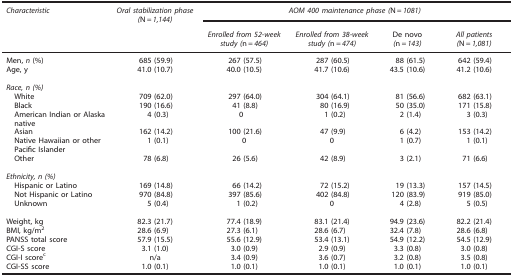
<table><thead><tr><td><b><i>Characteristic</i></b></td><td><b><i>Oral stabilization phase (</i>N<i>=1,144)</i></b></td><td colspan="4"><b><i>AOM 400 maintenance phase (</i>N<i>=1081)</i></b></td></tr><tr><td><b> </b></td><td></td><td><b><i>Enrolled from 52-week study (</i>n<i>=464)</i></b></td><td><b><i>Enrolled from 38-week study (</i>n<i>=474)</i></b></td><td><b><i>De novo (</i>n<i>=143)</i></b></td><td><b><i>All patients (</i>N<i>=1,081)</i></b></td></tr></thead><tbody><tr><td>Men, <i>n</i> (%)</td><td>685 (59.9)</td><td>267 (57.5)</td><td>287 (60.5)</td><td>88 (61.5)</td><td>642 (59.4)</td></tr><tr><td>Age, y</td><td>41.0 (10.7)</td><td>40.0 (10.5)</td><td>41.7 (10.6)</td><td>43.5 (10.6)</td><td>41.2 (10.6)</td></tr><tr><td> </td><td> </td><td> </td><td> </td><td> </td><td> </td></tr><tr><td colspan="6"><i>Race,</i><i>n</i><i>(%)</i></td></tr><tr><td> White</td><td>709 (62.0)</td><td>297 (64.0)</td><td>304 (64.1)</td><td>81 (56.6)</td><td>682 (63.1)</td></tr><tr><td> Black</td><td>190 (16.6)</td><td>41 (8.8)</td><td>80 (16.9)</td><td>50 (35.0)</td><td>171 (15.8)</td></tr><tr><td> American Indian or Alaska native</td><td>4 (0.3)</td><td>0</td><td>1 (0.2)</td><td>2 (1.4)</td><td>3 (0.3)</td></tr><tr><td> Asian</td><td>162 (14.2)</td><td>100 (21.6)</td><td>47 (9.9)</td><td>6 (4.2)</td><td>153 (14.2)</td></tr><tr><td> Native Hawaiian or other Pacific Islander</td><td>1 (0.1)</td><td>0</td><td>0</td><td>1 (0.7)</td><td>1 (0.1)</td></tr><tr><td> Other</td><td>78 (6.8)</td><td>26 (5.6)</td><td>42 (8.9)</td><td>3 (2.1)</td><td>71 (6.6)</td></tr><tr><td> </td><td> </td><td> </td><td> </td><td> </td><td> </td></tr><tr><td colspan="6"><i>Ethnicity,</i><i>n</i><i>(%)</i></td></tr><tr><td> Hispanic or Latino</td><td>169 (14.8)</td><td>66 (14.2)</td><td>72 (15.2)</td><td>19 (13.3)</td><td>157 (14.5)</td></tr><tr><td> Not Hispanic or Latino</td><td>970 (84.8)</td><td>397 (85.6)</td><td>402 (84.8)</td><td>120 (83.9)</td><td>919 (85.0)</td></tr><tr><td> Unknown</td><td>5 (0.4)</td><td>1 (0.2)</td><td>0</td><td>4 (2.8)</td><td>5 (0.5)</td></tr><tr><td></td><td> </td><td> </td><td> </td><td> </td><td> </td></tr><tr><td>Weight, kg</td><td>82.3 (21.7)</td><td>77.4 (18.9)</td><td>83.1 (21.4)</td><td>94.9 (23.6)</td><td>82.2 (21.4)</td></tr><tr><td>BMI, kg/m<sup>2</sup></td><td>28.6 (6.9)</td><td>27.3 (6.1)</td><td>28.6 (6.7)</td><td>32.4 (7.8)</td><td>28.6 (6.8)</td></tr><tr><td>PANSS total score</td><td>57.9 (15.5)</td><td>55.6 (12.9)</td><td>53.4 (13.1)</td><td>54.9 (12.2)</td><td>54.5 (12.9)</td></tr><tr><td>CGI-S score</td><td>3.1 (1.0)</td><td>3.0 (0.9)</td><td>2.9 (0.9)</td><td>3.3 (0.8)</td><td>3.0 (0.8)</td></tr><tr><td>CGI-I scorec</td><td>n/a</td><td>3.4 (0.9)</td><td>3.6 (0.7)</td><td>3.2 (0.8)</td><td>3.5 (0.8)</td></tr><tr><td>CGI-SS score</td><td>1.0 (0.1)</td><td>1.0 (0.1)</td><td>1.0 (0.1)</td><td>1.0 (0.1)</td><td>1.0 (0.1)</td></tr></tbody></table>